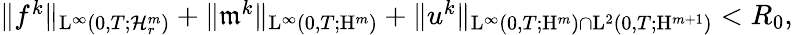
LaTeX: \begin{array}{r}{\Vert f^{k}\Vert_{\mathrm{L}^{\infty}(0,T;\mathcal{H}_{r}^{m})}+\Vert\mathfrak{m}^{k}\Vert_{\mathrm{L}^{\infty}(0,T;\mathrm{H}^{m})}+\Vert u^{k}\Vert_{\mathrm{L}^{\infty}(0,T;\mathrm{H}^{m})\cap\mathrm{L}^{2}(0,T;\mathrm{H}^{m+1})}<R_{0},}\end{array}